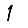
Digit: 1